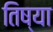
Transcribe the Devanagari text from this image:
तिष्या